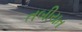
તબીયત